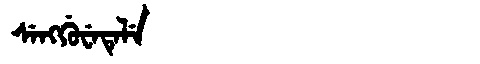
Manchu: ᠰᡝᠩᡤᡠᠸᡝᡨᡝᠯᡝ
Romanization: SENGGUWETELE